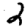
Digit: 2